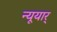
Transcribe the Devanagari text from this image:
न्यूयार्